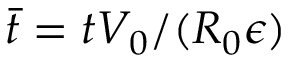
\bar { t } = t V _ { 0 } / ( R _ { 0 } { \epsilon } )